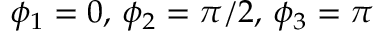
\phi _ { 1 } = 0 , \, \phi _ { 2 } = \pi / 2 , \, \phi _ { 3 } = \pi